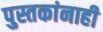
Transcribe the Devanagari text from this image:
पुस्तकांनाही